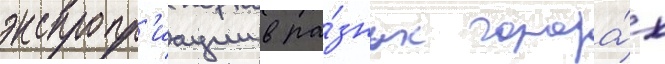
экспропр'иации в ра́зных города́х